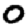
Digit: 0